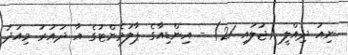
ނިއު ދިއްލީ (ޖުލައި 21) - އިންޑިއާގެ ޕާލަމެންޓުގެ އާ ދައުރު މިއަދު